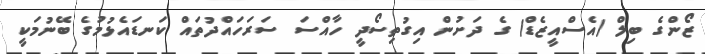
ޒޯންގެ ބިލް (އެސްއީޒެޑް) ގެ ދަށުން އިގުތިސޯދީ ހާއްސަ ސަރަހައްދުތައް ކަނޑައެޅުމުގެ ބޭނުމަކީ